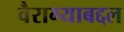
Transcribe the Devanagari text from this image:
वैराग्याबद्दल